Madras plague regulations in force outside the Presidency town - Volume 6
Disease focus: Plague
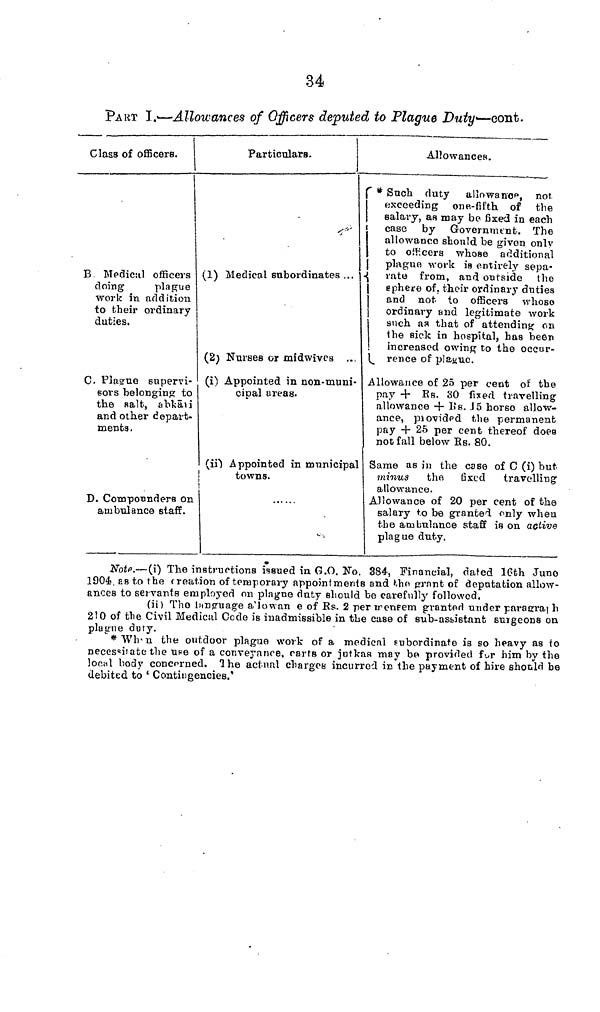
34
PART I.-—Allowances of Officers deputed to Plague Duty—-cont.
Class of officers.
B Medical officers
doing
plague
work in addition
to their ordinary
duties.
C. Plague supervi-
sors belonging to
the salt, abkäu
and other depart-
ments.
D. Cornponnders on
ambulance staff.
Particulars.
'
(1) Medical subordinates ... |
(2) Nurses or midwives ...
(i) Appointed in non-muni-
cipal areas.
(in Appointed in municipal
1
towns.
!
t. t
Allowances.
C * Such duty allowance, not,
exceeding one-fifth of the
salary, as may bp fixed in each
case by Government. The
allowance should be given onlv
to officers whose additional
plague work is entirely sepa-
rate from, and outside the
sphere of. their ordinary duties
and not to officers whoso
ordinary and legitimate work
such aa that of attending on
the sick in hospital, has been
increased owing to the occur-
rence of plague.
Allowance of 25 per cent of the
pay + Es. 80 fixed travelling
allowance + Us. 15 horso allow-
ance, provided the permanent
pay + 25 per cent thereof doea
not fall below Rs. 80.
Same as in the case of C (i) but
minus the fixed travelling
allowance.
Allowance of 20 per cent of the
salary to be granted only when
the ambulance staff is on active
plague duty.
Note.—(i) The instructions issued in G.O. No. 384, Financial, dated 16th Juno
1904, es to the ( reation of temporary appointments and tho grant of deputation allow-
ances to servants employed on plague duty should be carefully followed.
(ii) The language a'llowan e of Rs. 2 per enfem granted under paragraph
210 of the Civil Medical Code is inadmissible in the case of sub-assistant surgeons on
plagne duty.
* When the outdoor plague work of a medical subordinate is so heavy as to
necesítate the uee of a conveyance, carts or jutkas may be provided for him by the
local body concorned. The actual chargea incurred in the payment of hire should be
debited to ' Contingencies.'